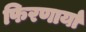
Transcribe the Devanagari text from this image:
फिरणार्या